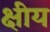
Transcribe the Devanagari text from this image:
क्षीय